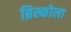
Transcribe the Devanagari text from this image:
ब्रिस्कोला